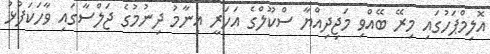
އޮލިމްޕަހުގައި މިރޭ ބޭއްވި މަޖިދިއްޔާ ސްކޫލްގެ އަހަރީ އިނާމު ދިނުމުގެ ޖަލްސާގައި ވާހަކަފުޅު